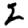
Digit: 2